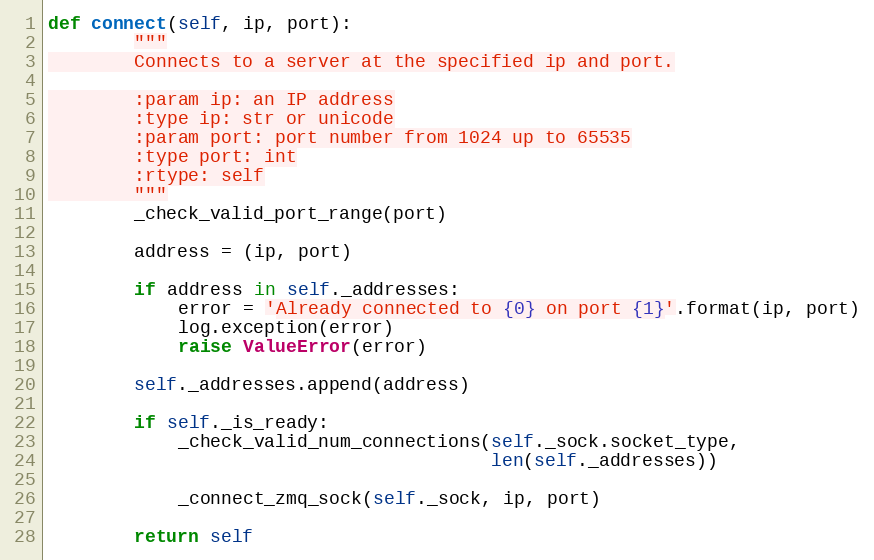
Language: Python
def connect(self, ip, port):
        """
        Connects to a server at the specified ip and port.

        :param ip: an IP address
        :type ip: str or unicode
        :param port: port number from 1024 up to 65535
        :type port: int
        :rtype: self
        """
        _check_valid_port_range(port)

        address = (ip, port)

        if address in self._addresses:
            error = 'Already connected to {0} on port {1}'.format(ip, port)
            log.exception(error)
            raise ValueError(error)

        self._addresses.append(address)

        if self._is_ready:
            _check_valid_num_connections(self._sock.socket_type,
                                         len(self._addresses))

            _connect_zmq_sock(self._sock, ip, port)

        return self